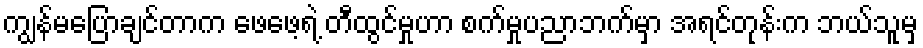
ကျွန်မပြောချင်တာက ဖေဖေ့ရဲ့ တီထွင်မှုဟာ စက်မှုပညာဘက်မှာ အရင်တုန်းက ဘယ်သူမှ